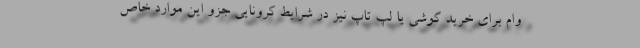
وام برای خرید گوشی یا لپ تاپ نیز در شرایط کرونایی جزو این موارد خاص